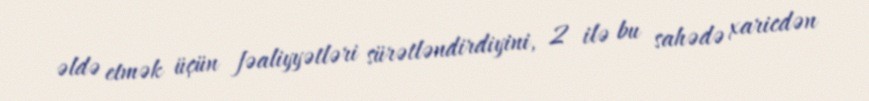
əldə etmək üçün fəaliyyətləri sürətləndirdiyini, 2 ilə bu sahədə xaricdən